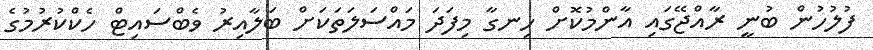
ފުލުހުން ބުނީ ރާއްޖޭގައި އާންމުކޮށް ހިނގާ މިފަދަ މައްސަލަތަކަށް ބަލާއިރު ވެބްސައިޓް ހެކްކުރުމުގެ